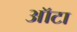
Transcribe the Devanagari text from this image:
ऑटा